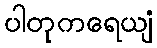
ပါတုကရေယျံ